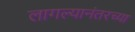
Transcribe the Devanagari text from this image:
लागल्यानंतरच्या